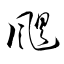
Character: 颶